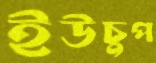
ইউচুপ